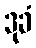
ဒုခံ